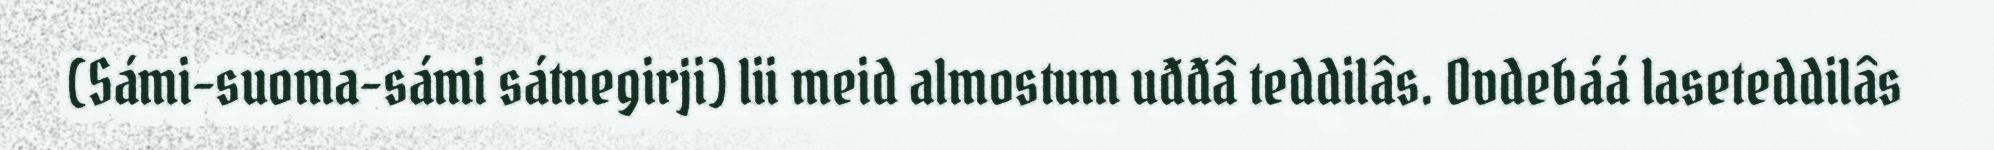
(Sámi-suoma-sámi sátnegirji) lii meid almostum uđđâ teddilâs. Ovdebáá laseteddilâs